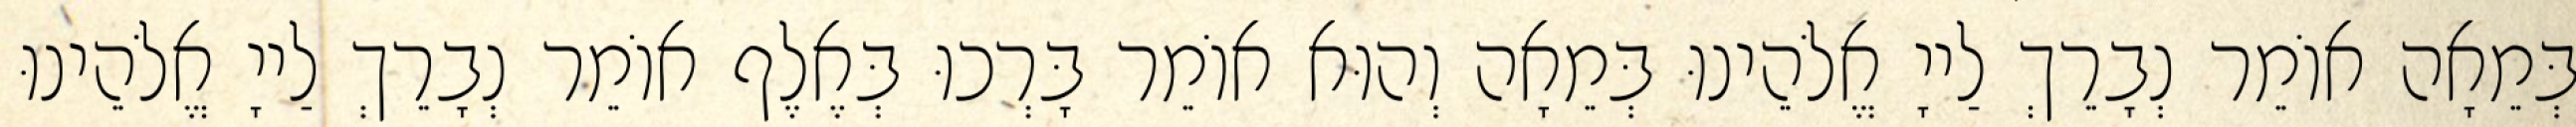
בְּמֵאָה אוֹמֵר נְבָרֵךְ לַייָ אֱלֹהֵינוּ בְּמֵאָה וְהוּא אוֹמֵר בָּרְכוּ בְּאֶלֶף אוֹמֵר נְבָרֵךְ לַייָ אֱלֹהֵינוּ